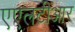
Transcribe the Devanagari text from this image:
एएलटीआर